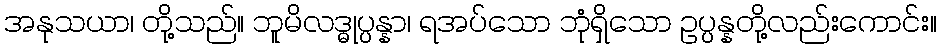
အနုသယာ၊ တို့သည်။ ဘူမိလဒ္ဓုပ္ပန္နာ၊ ရအပ်သော ဘုံရှိသော ဥပ္ပန္နတို့လည်းကောင်း။